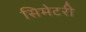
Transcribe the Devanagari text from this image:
सिमेटरी